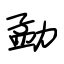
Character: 勐